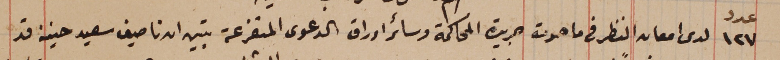
عدد ١٢٧ لدى امعان النظر فى ما حوت جريدة المحاكمة وسائر اوراق الدعوى المتفرعة تبين ان ناصيف سعيد حنينه قد